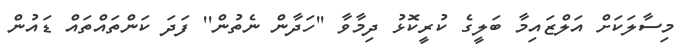
މިސާލަކަށް އަލްޒައިމާ ބަލީގެ ކުރީކޮޅު ދިމާވާ ''ހަދާން ނެތުން'' ފަދަ ކަންތައްތައް ޑައުން